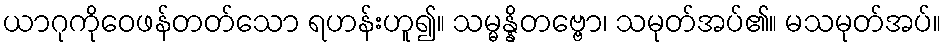
ယာဂုကိုဝေဖန်တတ်သော ရဟန်းဟူ၍။ သမ္မန္နိတဗ္ဗော၊ သမုတ်အပ်၏။ မသမုတ်အပ်။